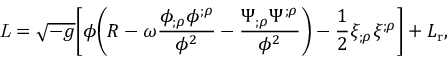
{ \it L } = \sqrt { - g } \biggl [ \phi \biggl ( R - \omega \frac { \phi _ { ; \rho } \phi ^ { ; \rho } } { \phi ^ { 2 } } - \frac { \Psi _ { ; \rho } \Psi ^ { ; \rho } } { \phi ^ { 2 } } \biggr ) - \frac { 1 } { 2 } \xi _ { ; \rho } \xi ^ { ; \rho } \biggr ] + L _ { \mathrm { r } } ,